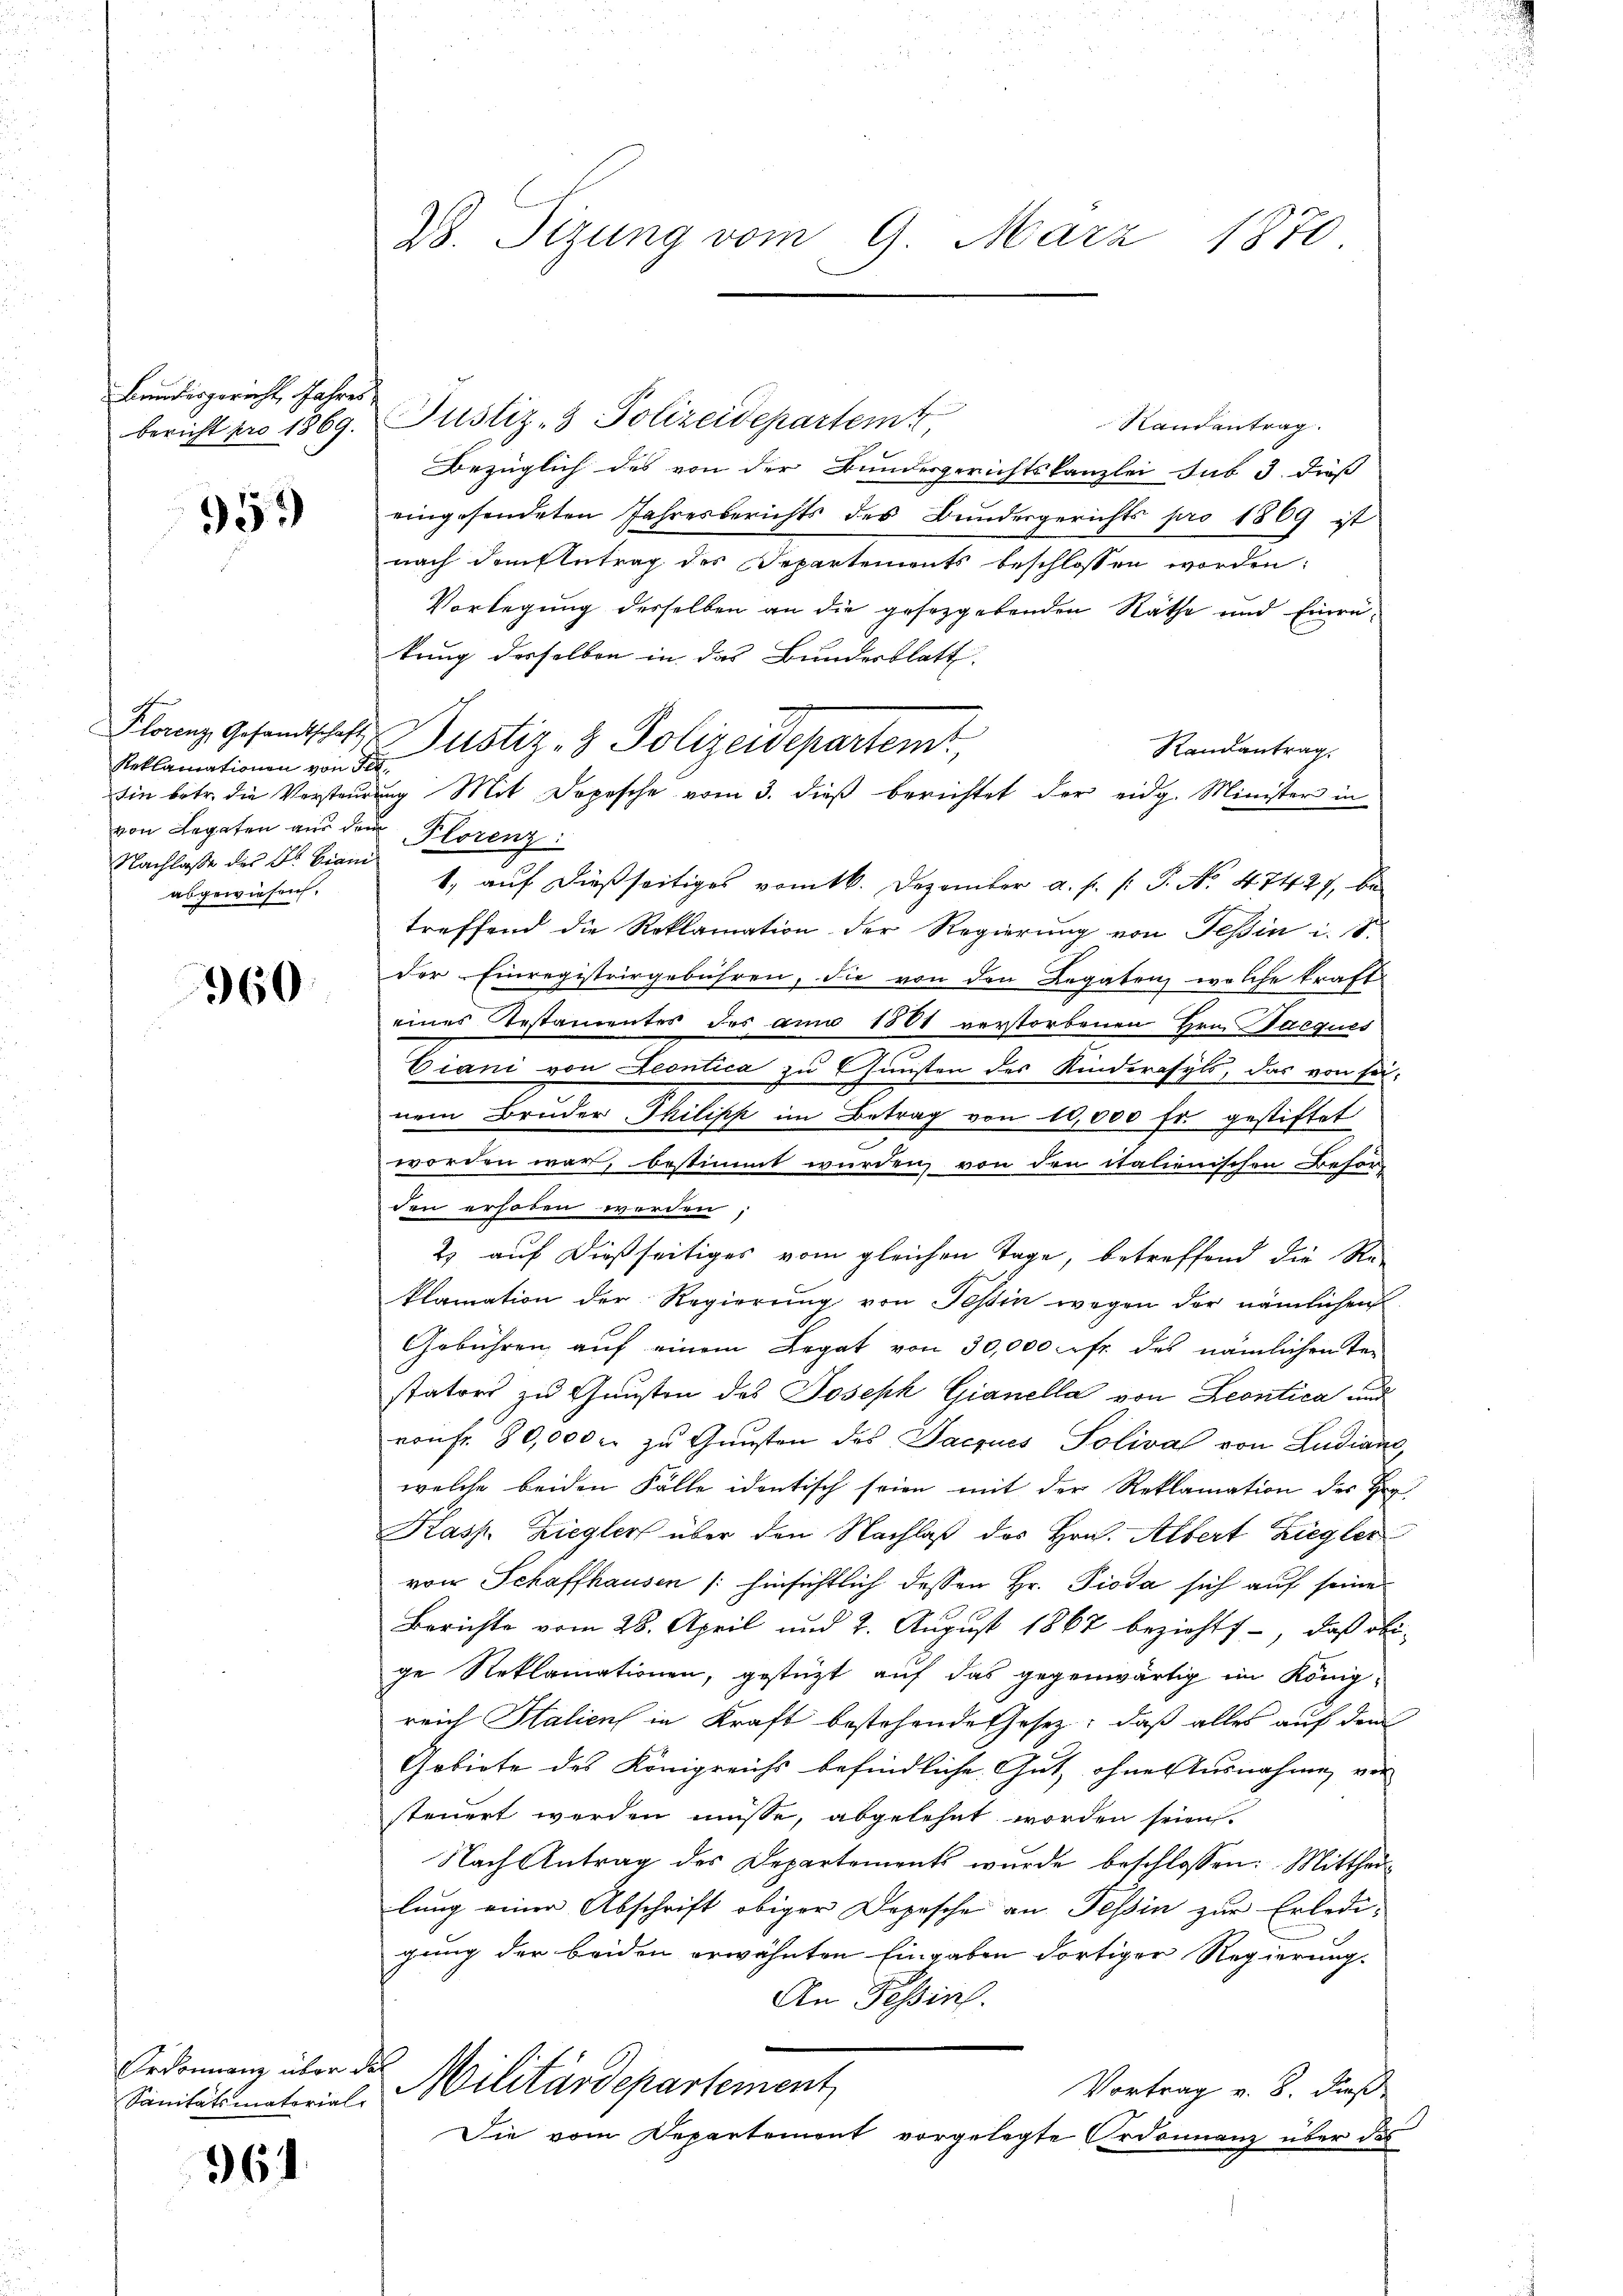
Bundesgericht Jahres

959

Reklamationen von Fe
von Legaten aus den Florenz
Nachlasse des Dr. Biani
abgewiesen.

960

Ordonnanz über dies
Sanitätsmatorial

364

28. Sizung vom 9. März 1870.

Randantrag.
Bezüglich des von der Bundesgerichtskanzlei sub 3. dieß
eingesendeten Jahresberichts des Bundesgerichts pro 1809 ist
nach dem Antrag des Departements beschlossen worden:
Vorlegung derselben an die gesetzgebenden Räthe und Einrukung desselben in das Bundesblatt
Kloz Gesandtschaft Zustiz- & Polizeidepartemt,
Randantrag.
sin betr. die Versteurung Mit Dopesche vom 3. dieß berichtet der eidg. Minister in
1, auf dießseitiges vom 16. Dezember a. f. (: P. No. 47427, be
treffend die Reklamation der Regierung von Tessin i
der Einregistrirgebühren, die von den Legaten, welche kraft
eines Gestamentes des am 1801 verstorbenen Hrn. Parques
Eiani von Leontica zu Gunsten des Kinderasyls, das von seinem Bruder-Thilipp im Betrag von 10,000 fr. gestiftet
.
worden war, bestimmt wurden, von den italienischen Besor-
den erhoben werden,
2) auf dießseitiges vom gleichen Tage, betreffend die Re-
klamation der Regierŭng von Tessin wegen der nämlichen
Gebühren auf einem Legat von 30,000 rft des nämlichen Ter
stators zu Gunsten des Joseph Gianella von Leontica und
noufr. 80,000 r. zu Gunsten des Jacques Solival von Ludiane
welche beiden Fälle identisch seien mit der Reklamation des Her
Kasp. Ziegler über den Nachlaß des Hrn. Albert Ziegler
von Schaffhausen /: hinsichtlich dessen Hr. Pioda sich auf seine
Berichte vom 28. April und 2. August 1867 bezieht, daß obige Reklamationen, gestützt auf das gegenwärtig im Königreich Salien in Kraft bestehende Gesetz; daß alles auf dem
Gebiete des Königreichs befindliche Gut, ohne Ausnahme, vor
steuert werden müsse, abgelehnt worden seien.
Nach Antrag des Departements wurde beschlossen: Mittheilung einer Abschrift obiger Depesche an Tessin zur Erledigung der beiden erwähnten Eingaben dortiger Regierung.
An Tessin.
Militärdepartement
Vortrag v. 8. dieß
Die vom Departement vorgelegte Ordonnanz über des

bericht pro 1869. Justiz- & Polizeidepartem

n